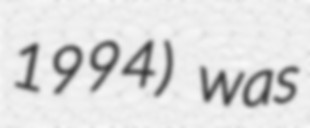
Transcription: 1994) was